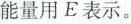
能量用E表示。